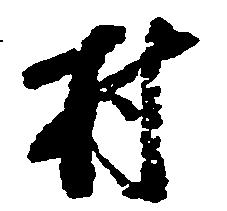
村